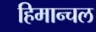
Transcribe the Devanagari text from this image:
हिमान्चल